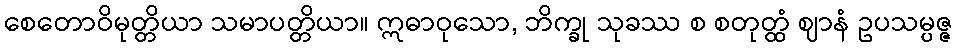
စေတောဝိမုတ္တိယာ သမာပတ္တိယာ။ ဣဓာဝုသော, ဘိက္ခု သုခဿ စ စတုတ္ထံ ဈာနံ ဥပသမ္ပဇ္ဇ